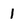
Character: 1